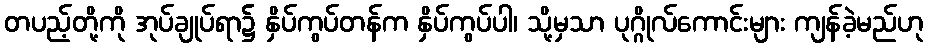
တပည့်တို့ကို အုပ်ချုပ်ရာ၌ နှိပ်ကွပ်တန်က နှိပ်ကွပ်ပါ၊ သို့မှသာ ပုဂ္ဂိုလ်ကောင်းများ ကျန်ခဲ့မည်ဟု